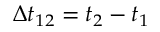
\Delta t _ { 1 2 } = t _ { 2 } - t _ { 1 }